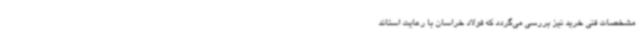
مشخصات فنی خرید نیز بررسی می‌گردد که فولاد خراسان با رعایت استاند